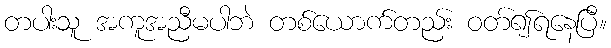
တပါးသူ အကူအညီမပါဘဲ တစ်ယောက်တည်း ဝတ်၍ရနေပြီ။